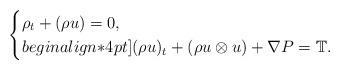
LaTeX: \begin{align*}\begin{cases}\rho_t+(\rho u)=0,\\begin{align*}4pt](\rho u)_t+(\rho u\otimes u) +\nabla P = \mathbb{T}.\end{cases}\end{align*}